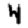
Digit: 4